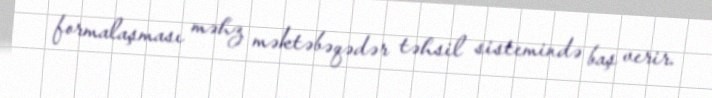
formalaşması məhz məktəbəqədər təhsil sistemində baş verir.